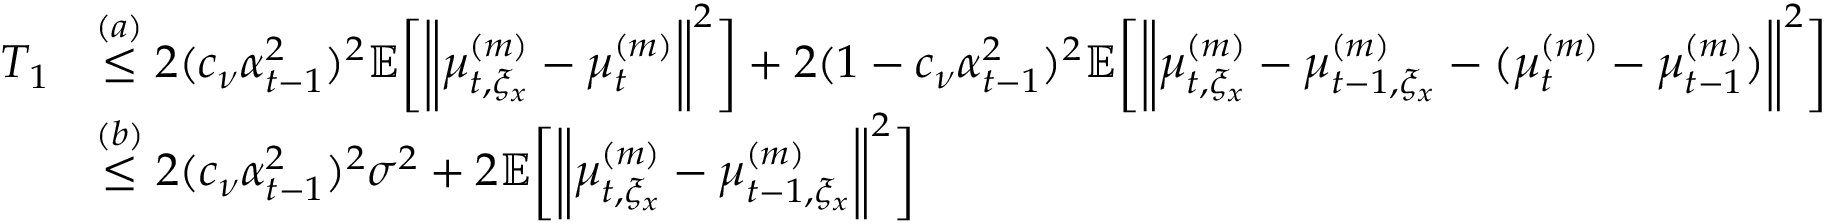
\begin{array} { r l } { T _ { 1 } } & { \overset { ( a ) } { \leq } 2 ( c _ { \nu } \alpha _ { t - 1 } ^ { 2 } ) ^ { 2 } \mathbb { E } \bigg [ \bigg \| \mu _ { t , \xi _ { x } } ^ { ( m ) } - \mu _ { t } ^ { ( m ) } \bigg \| ^ { 2 } \bigg ] + 2 ( 1 - c _ { \nu } \alpha _ { t - 1 } ^ { 2 } ) ^ { 2 } \mathbb { E } \bigg [ \bigg \| \mu _ { t , \xi _ { x } } ^ { ( m ) } - \mu _ { t - 1 , \xi _ { x } } ^ { ( m ) } - ( \mu _ { t } ^ { ( m ) } - \mu _ { t - 1 } ^ { ( m ) } ) \bigg \| ^ { 2 } \bigg ] } \\ & { \overset { ( b ) } { \leq } 2 ( c _ { \nu } \alpha _ { t - 1 } ^ { 2 } ) ^ { 2 } \sigma ^ { 2 } + 2 \mathbb { E } \bigg [ \bigg \| \mu _ { t , \xi _ { x } } ^ { ( m ) } - \mu _ { t - 1 , \xi _ { x } } ^ { ( m ) } \bigg \| ^ { 2 } \bigg ] } \end{array}